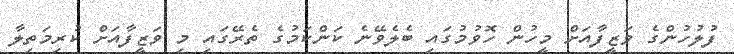
ފުލުހުންގެ ވަޒީފާއަށް މީހުން ހޮވުމުގައި ބެލެވޭނެ ކަންކަމުގެ ތެރޭގައި މި ވަޒީފާއަށް ކުރިމަތިލާ